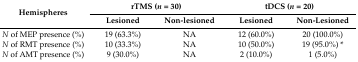
<table><thead><tr><td rowspan="2"><b>Hemispheres</b></td><td colspan="2"><b>rTMS (<i>n</i> = 30)</b></td><td colspan="2"><b>tDCS (<i>n</i> = 20)</b></td></tr><tr><td><b>Lesioned</b></td><td><b>Non-lesioned</b></td><td><b>Lesioned</b></td><td><b>Non-Lesioned</b></td></tr></thead><tbody><tr><td><i>N</i> of MEP presence (%)</td><td>19 (63.3%)</td><td>NA</td><td>12 (60.0%)</td><td>20 (100.0%)</td></tr><tr><td><i>N</i> of RMT presence (%)</td><td>10 (33.3%)</td><td>NA</td><td>10 (50.0%)</td><td>19 (95.0%) *</td></tr><tr><td><i>N</i> of AMT presence (%)</td><td>9 (30.0%)</td><td>NA</td><td>2 (10.0%)</td><td>1 (5.0%)</td></tr></tbody></table>